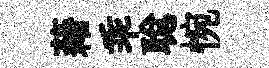
藉乖聪惋